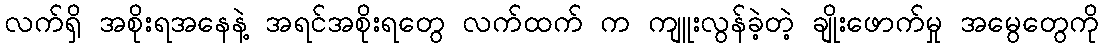
လက်ရှိ အစိုးရအနေနဲ့ အရင်အစိုးရတွေ လက်ထက် က ကျူးလွန်ခဲ့တဲ့ ချိုးဖောက်မှု အမွေတွေကို